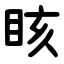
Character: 䀭